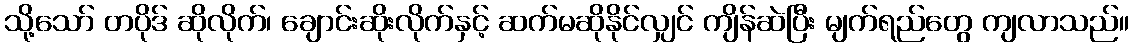
သို့သော် တပိုဒ် ဆိုလိုက်၊ ချောင်းဆိုးလိုက်နှင့် ဆက်မဆိုနိုင်လျှင် ကျိန်ဆဲပြီး မျက်ရည်တွေ ကျလာသည်။